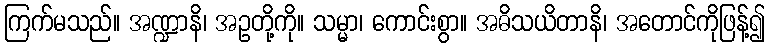
ကြက်မသည်။ အဏ္ဍာနိ၊ အဥတို့ကို။ သမ္မာ၊ ကောင်းစွာ။ အဓိသယိတာနိ၊ အတောင်ကိုဖြန့်၍